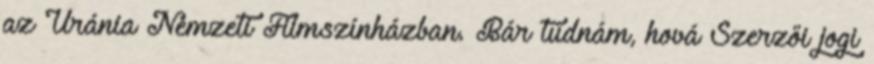
az Uránia Nemzeti Filmszínházban. Bár tudnám, hová Szerzői jogi